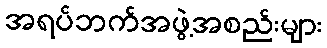
အရပ်ဘက်အဖွဲ့အစည်းများ